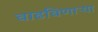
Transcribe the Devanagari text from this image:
वाढविणाऱ्या